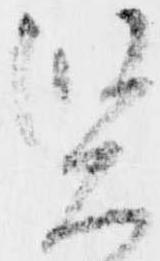
賢